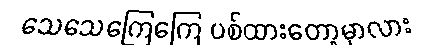
သေသေကြေကြေ ပစ်ထားတော့မှာလား